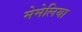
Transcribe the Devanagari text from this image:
मेमेलिया